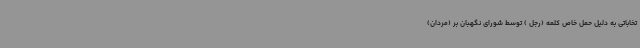
تخاباتی به دلیل‌ حمل خاص کلمه (رجل ) توسط شورای نگهبان بر (مردان)